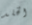
الخلد